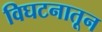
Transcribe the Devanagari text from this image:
विघटनातून